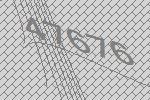
47676